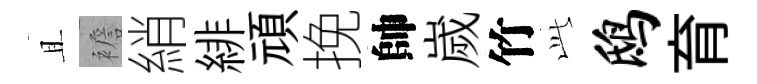
且襜綃緋頑挽帥嵗竹𬼘鸱育